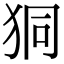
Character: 狪